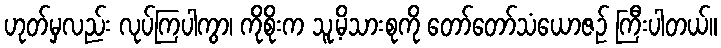
ဟုတ်မှလည်း လုပ်ကြပါကွာ၊ ကိုစိုးက သူ့မိသားစုကို တော်တော်သံယောဇဉ် ကြီးပါတယ်။